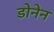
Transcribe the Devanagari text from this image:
डोनेन